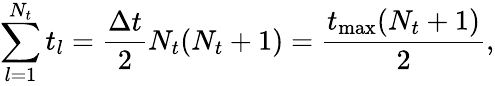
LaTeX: \sum_{l=1}^{N_{t}}t_{l}=\frac{\Delta t}{2}N_{t}(N_{t}+1)=\frac{t_{\operatorname*{max}}(N_{t}+1)}{2},